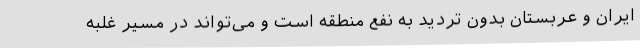
ایران و عربستان بدون تردید به نفع منطقه است و می‌تواند در مسیر غلبه